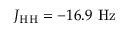
J _ { \mathrm { H H } } = - 1 6 . 9 ~ \mathrm { H z }